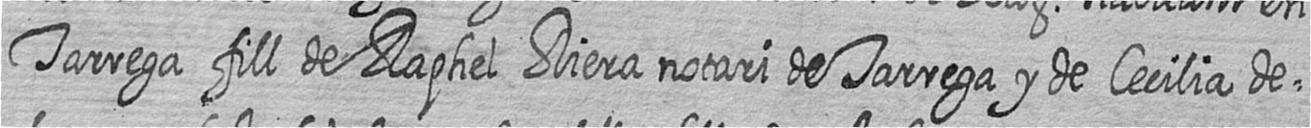
Tarrega fill de Raphel Riera notari de Tarrega y de Cecilia de=